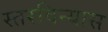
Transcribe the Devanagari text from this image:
स्तरविन्यास